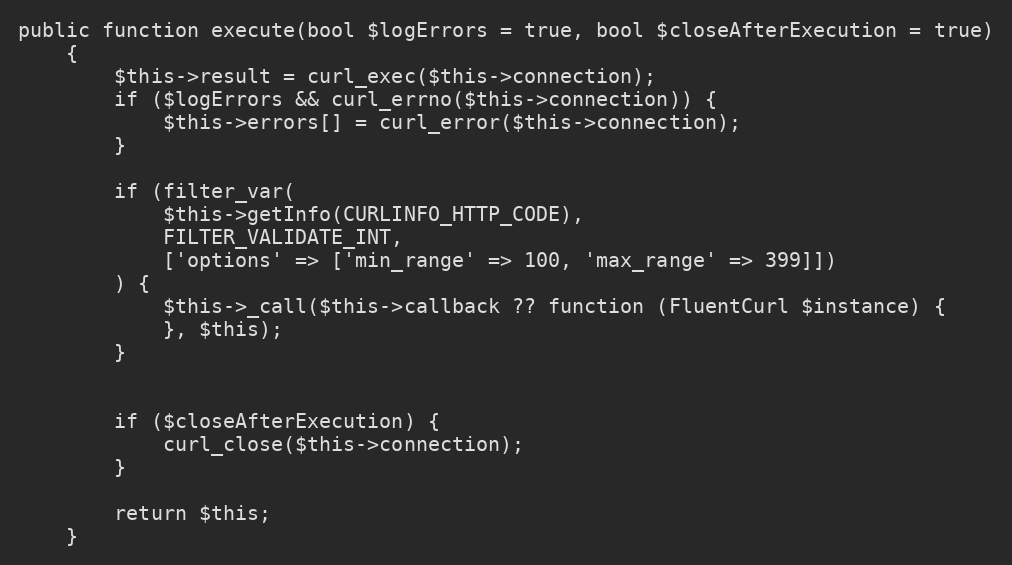
Language: PHP
public function execute(bool $logErrors = true, bool $closeAfterExecution = true)
    {
        $this->result = curl_exec($this->connection);
        if ($logErrors && curl_errno($this->connection)) {
            $this->errors[] = curl_error($this->connection);
        }

        if (filter_var(
            $this->getInfo(CURLINFO_HTTP_CODE),
            FILTER_VALIDATE_INT,
            ['options' => ['min_range' => 100, 'max_range' => 399]])
        ) {
            $this->_call($this->callback ?? function (FluentCurl $instance) {
            }, $this);
        }

        if ($closeAfterExecution) {
            curl_close($this->connection);
        }

        return $this;
    }